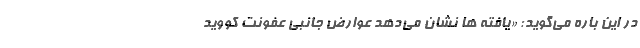
در این باره می‌گوید: «یافته ها نشان می‌دهد عوارض جانبی عفونت کووید